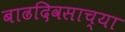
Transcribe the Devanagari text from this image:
बाढदिवसाच्या